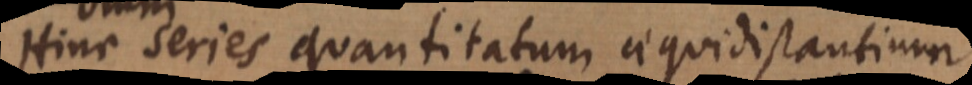
Hinc series quantitatum aequidistantium